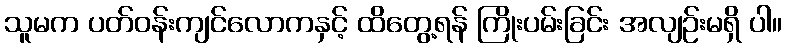
သူမက ပတ်ဝန်းကျင်လောကနှင့် ထိတွေ့ရန် ကြိုးပမ်းခြင်း အလျဉ်းမရှိ ပါ။